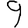
Digit: 9